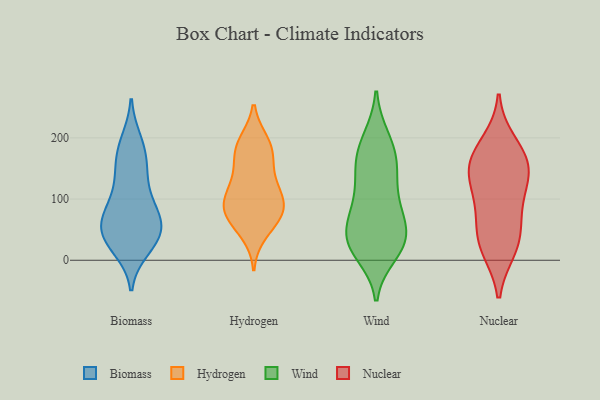
{"axis": {"x": "Churn Rate (%)", "y": "Value"}, "legend": ["Biomass", "Hydrogen", "Nuclear", "Wind"], "data": [{"x": "", "y": 40, "type": "Biomass"}, {"x": "", "y": 114, "type": "Biomass"}, {"x": "", "y": 167, "type": "Biomass"}, {"x": "", "y": 57, "type": "Biomass"}, {"x": "", "y": 194, "type": "Biomass"}, {"x": "", "y": 89, "type": "Biomass"}, {"x": "", "y": 44, "type": "Biomass"}, {"x": "", "y": 31, "type": "Biomass"}, {"x": "", "y": 81, "type": "Biomass"}, {"x": "", "y": 57, "type": "Biomass"}, {"x": "", "y": 57, "type": "Biomass"}, {"x": "", "y": 80, "type": "Biomass"}, {"x": "", "y": 151, "type": "Biomass"}, {"x": "", "y": 20, "type": "Biomass"}, {"x": "", "y": 30, "type": "Biomass"}, {"x": "", "y": 140, "type": "Biomass"}, {"x": "", "y": 187, "type": "Biomass"}, {"x": "", "y": 76, "type": "Hydrogen"}, {"x": "", "y": 112, "type": "Hydrogen"}, {"x": "", "y": 119, "type": "Hydrogen"}, {"x": "", "y": 80, "type": "Hydrogen"}, {"x": "", "y": 145, "type": "Hydrogen"}, {"x": "", "y": 192, "type": "Hydrogen"}, {"x": "", "y": 45, "type": "Hydrogen"}, {"x": "", "y": 72, "type": "Hydrogen"}, {"x": "", "y": 164, "type": "Hydrogen"}, {"x": "", "y": 186, "type": "Hydrogen"}, {"x": "", "y": 71, "type": "Hydrogen"}, {"x": "", "y": 100, "type": "Hydrogen"}, {"x": "", "y": 185, "type": "Hydrogen"}, {"x": "", "y": 96, "type": "Hydrogen"}, {"x": "", "y": 26, "type": "Wind"}, {"x": "", "y": 76, "type": "Wind"}, {"x": "", "y": 159, "type": "Wind"}, {"x": "", "y": 67, "type": "Wind"}, {"x": "", "y": 121, "type": "Wind"}, {"x": "", "y": 42, "type": "Wind"}, {"x": "", "y": 26, "type": "Wind"}, {"x": "", "y": 199, "type": "Wind"}, {"x": "", "y": 32, "type": "Wind"}, {"x": "", "y": 196, "type": "Wind"}, {"x": "", "y": 11, "type": "Wind"}, {"x": "", "y": 91, "type": "Wind"}, {"x": "", "y": 34, "type": "Wind"}, {"x": "", "y": 160, "type": "Wind"}, {"x": "", "y": 169, "type": "Wind"}, {"x": "", "y": 25, "type": "Wind"}, {"x": "", "y": 140, "type": "Wind"}, {"x": "", "y": 84, "type": "Wind"}, {"x": "", "y": 107, "type": "Nuclear"}, {"x": "", "y": 18, "type": "Nuclear"}, {"x": "", "y": 150, "type": "Nuclear"}, {"x": "", "y": 173, "type": "Nuclear"}, {"x": "", "y": 57, "type": "Nuclear"}, {"x": "", "y": 19, "type": "Nuclear"}, {"x": "", "y": 41, "type": "Nuclear"}, {"x": "", "y": 192, "type": "Nuclear"}, {"x": "", "y": 156, "type": "Nuclear"}, {"x": "", "y": 131, "type": "Nuclear"}, {"x": "", "y": 89, "type": "Nuclear"}, {"x": "", "y": 153, "type": "Nuclear"}]}